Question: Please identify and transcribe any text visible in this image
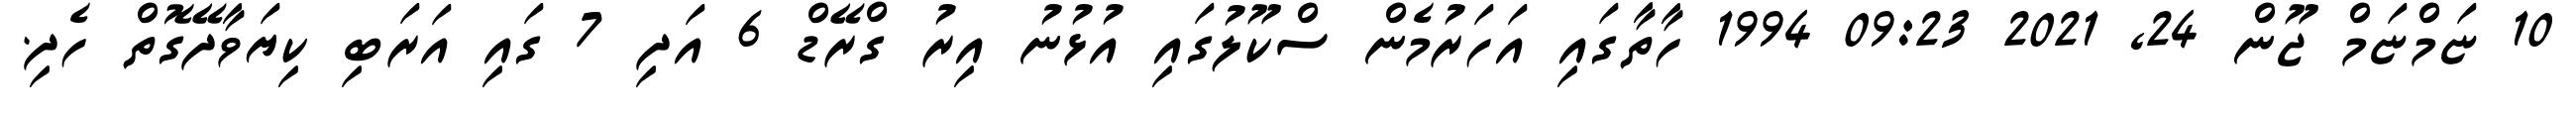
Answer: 10 ޏަމްޏަމް ޖޫން 24, 2021 09:23 1994 ހާތާގައި އަހަރުމެން ސްކޫލުގައި އުޅުނު އިރު ގްރޭޑް 6 އަދި 7 ގައި އަރަބި ކިޔަވާދޭގޮތް ހެދި.